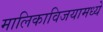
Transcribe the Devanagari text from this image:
मालिकाविजयामध्ये